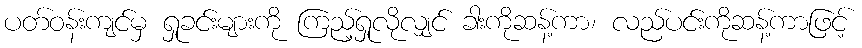
ပတ်ဝန်းကျင်မှ ရှုခင်းများကို ကြည့်ရှုလိုလျှင် ခါးကိုဆန့်ကာ၊ လည်ပင်းကိုဆန့်ကာဖြင့်